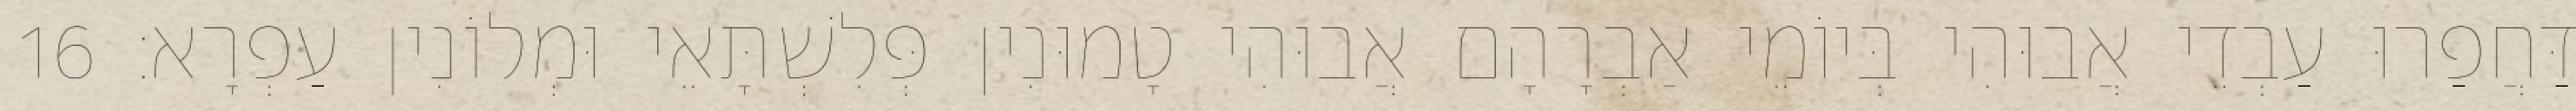
דַּחֲפַרוּ עַבְדֵי אֲבוּהִי בְּיוֹמֵי אַבְרָהָם אֲבוּהִי טָמוּנִין פְּלִשְׁתָּאֵי וּמְלוֹנִין עַפְרָא׃ 16